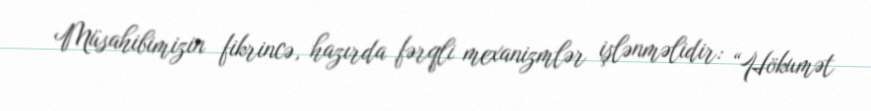
Müsahibimizin fikrincə, hazırda fərqli mexanizmlər işlənməlidir: “Hökumət